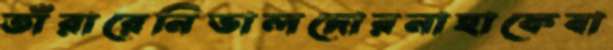
তাঁরারেনিভালদোরনাহাকেবা